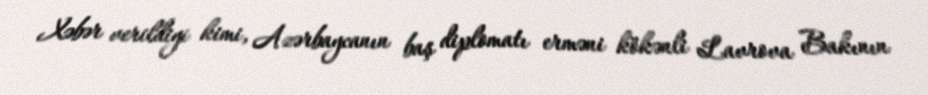
Xəbər verildiyi kimi, Azərbaycanın baş diplomatı erməni kökənli Lavrova Bakının